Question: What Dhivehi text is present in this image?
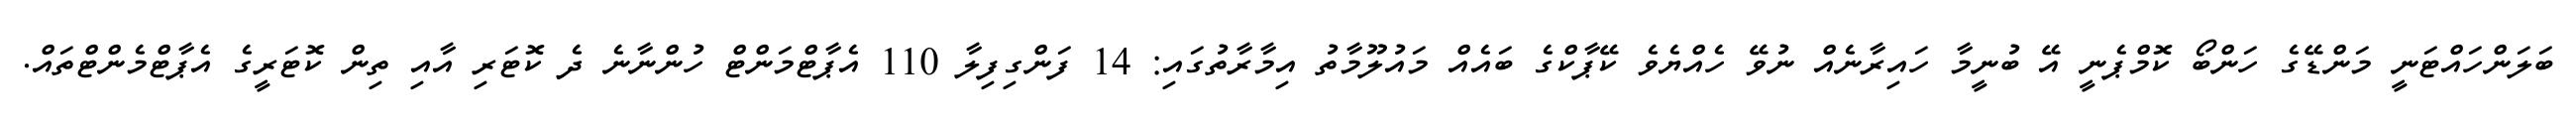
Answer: ބަލަންހައްޓަނީ މަންޑޭގެ ހަންބޯ ކޮމްޕެނީ އޭ ބުނީމާ ހައިރާނެއް ނުވޭ ހެއްޔެވެ ކޭޕާކްގެ ބައެއް މައުލޫމާތު އިމާރާތުގައި: 14 ފަންގިފިލާ 110 އެޕާޓްމަންޓް ހުންނާނެ ދެ ކޮޓަރި އާއި ތިން ކޮޓަރީގެ އެޕާޓްމެންޓްތައް.